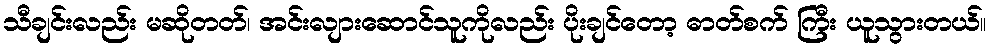
သီချင်းလည်း မဆိုတတ်၊ အင်းလျားဆောင်သူကိုလည်း ပိုးချင်တော့ ဓာတ်စက် ကြီး ယူသွားတယ်။